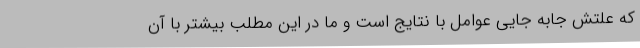
که علتش جابه‌ جایی عوامل با نتایج است و ما در این مطلب بیشتر با آن